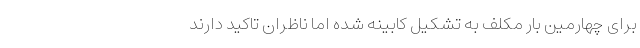
برای چهارمین بار مکلف به تشکیل کابینه شده اما ناظران تاکید دارند